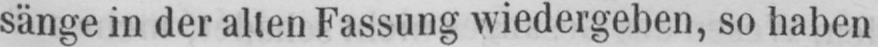
sänge in der alten Fassung wiedergeben, so haben